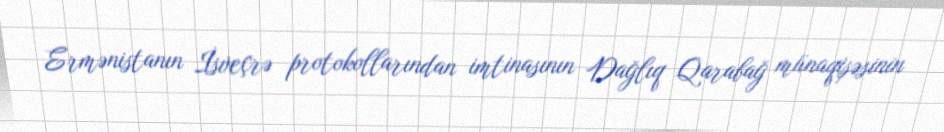
Ermənistanın İsveçrə protokollarından imtinasının Dağlıq Qarabağ münaqişəsinin